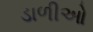
ડાળીઓ